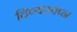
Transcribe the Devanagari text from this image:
दिव्यस्वप्न